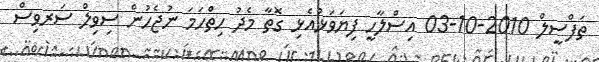
ތަފްސީލް 2010-10-03 އިސްލާހީ ފިޔަވަޅުއެޅި ގޮތާ މެދު ހިތްހަމަ ނުޖެހުން ސިވިލް ސަރވިސް